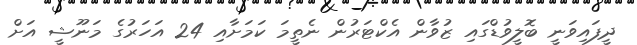
ދީފައިވަނީ ބޮލީވުޑްގައި ޒުވާން އެކްޓަރުން ނެތީމަ ކަމަށާއި 24 އަހަރުގެ މަނޫޝީ އަށް